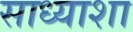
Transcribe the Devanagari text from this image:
साध्याशा